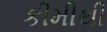
કીમીથી